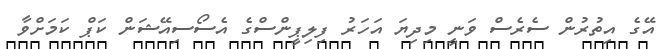
އޭގެ އިތުރުން ސެރެސް ވަނީ މިދިޔަ އަހަރު ފިލިޕީންސްގެ އެސޯސިއޭޝަން ކަޕް ކަމަށްވާ